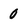
Character: 0